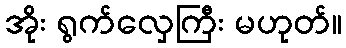
အိုး ရွက်လှေကြီး မဟုတ်။